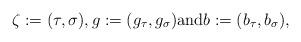
LaTeX: \begin{align*}\zeta := (\tau, \sigma), g := (g_{\tau}, g_{\sigma}) \hbox{and} b:=(b_{\tau}, b_{\sigma}),\end{align*}